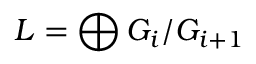
L = \bigoplus G _ { i } / G _ { i + 1 }